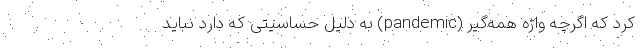
کرد که اگرچه واژه همه‌گیر (pandemic) به دلیل حساسیتی که دارد نباید